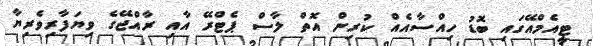
ޓީއެމްއޭގައި ބޮޑު ހިއްސާއެއް ކުރިން އޮތް ލާސް ޕެޓްރޭ އާއި ރާއްޖޭގެ ވިޔަފާރިވެރިޔާ